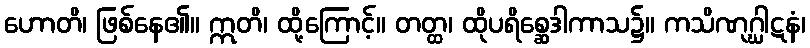
ဟောတိ၊ ဖြစ်နေ၏။ ဣတိ၊ ထို့ကြောင့်။ တတ္ထ၊ ထိုပရိစ္ဆေဒါကာသ၌။ ကသိဏုဂ္ဃါဋနံ၊